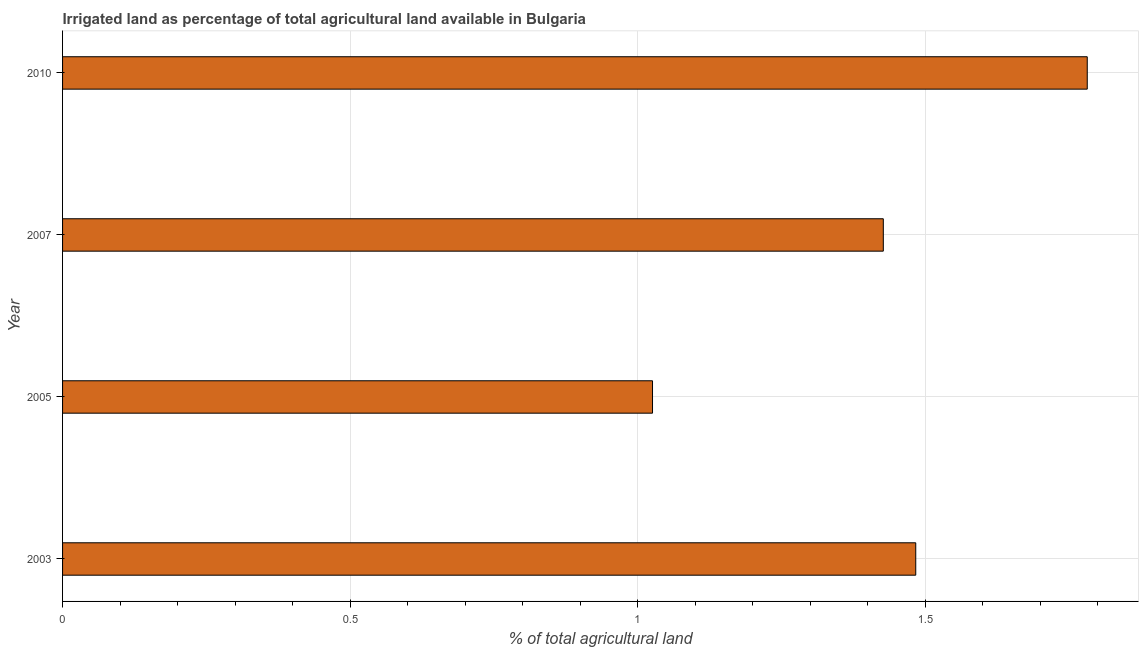
| Year | Agricultural irrigated land  |
 | --- | --- |
 | 2003 | 1.48 |
 | 2005 | 1.03 |
 | 2007 | 1.43 |
 | 2010 | 1.78 |